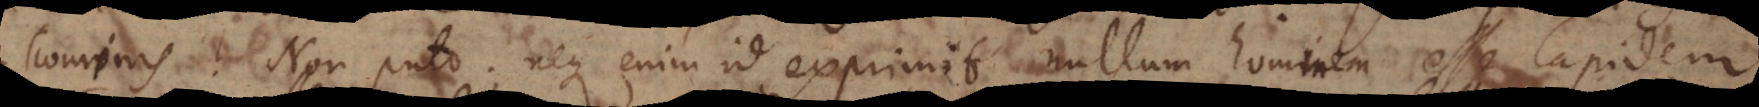
non‐hominis? Non puto; neque enim id exprimit nullum hominem esse lapidem.